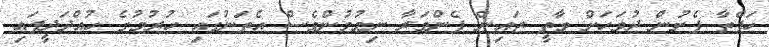
ހަފްތާ ފެށުން ދުވަހަށް ވާތީ ޒައިން ފެންވަރާ ނިމުމުންވެސް އެތަނުގައި ހުރުމުގެ ހުއްދަދީފައި